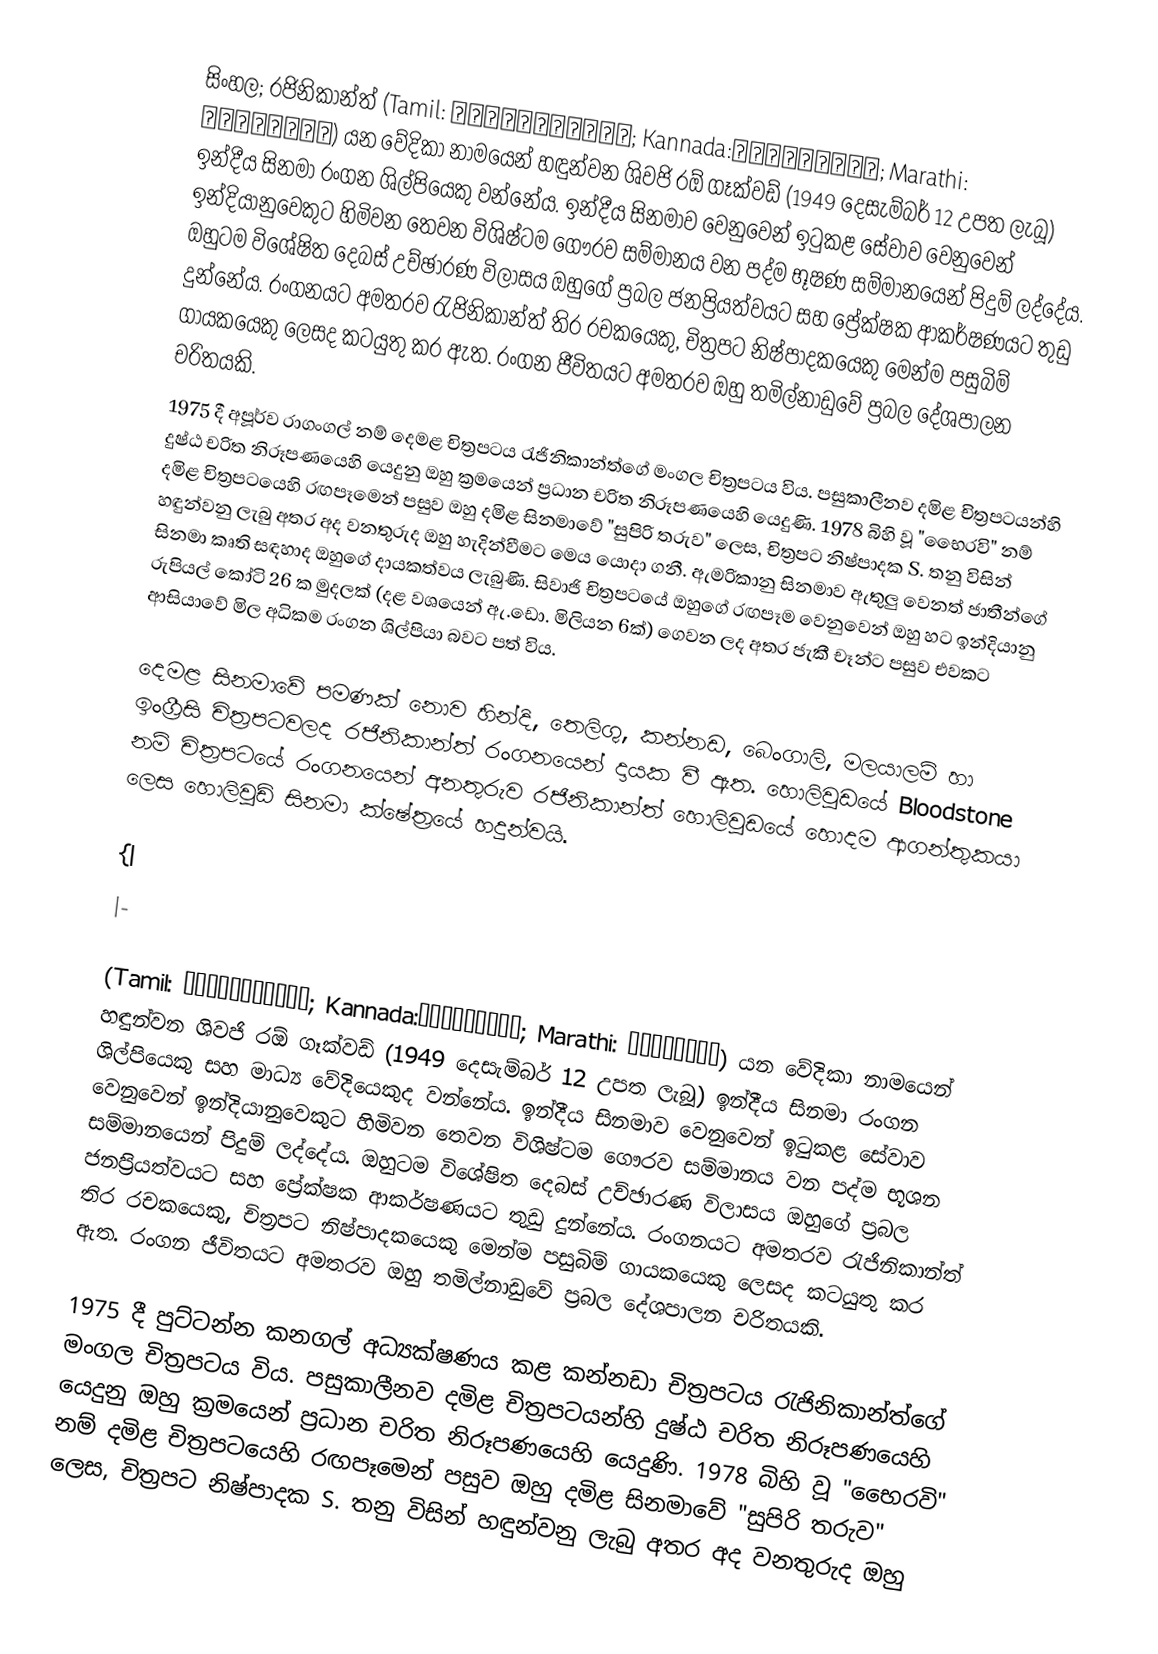
සිංහල; රජිනිකාන්ත් (Tamil: ரஜினிகாந்த்; Kannada:ರಜನೀಕಾಂತ್; Marathi: रजनीकांत) යන වේදිකා නාමයෙන් හඳුන්වන ශිවජි රඕ ගෑක්වඩ් (1949 දෙසැම්බර් 12 උපත ලැබූ) ඉන්දීය සිනමා රංගන ශිල්පියෙකු වන්නේය. ඉන්දීය සිනමාව වෙනුවෙන් ඉටුකළ සේවාව වෙනුවෙන් ඉන්දියානුවෙකුට හිමිවන තෙවන විශිෂ්ටම ගෞරව සම්මානය වන පද්ම භූෂණ සම්මානයෙන් පිදුම් ලද්දේය. ඔහුටම විශේෂිත දෙබස් උච්ඡාරණ විලාසය ඔහුගේ ප්‍රබල ජනප්‍රියත්වයට සහ ප්‍රේක්ෂක ආකර්ෂණයට තුඩු දුන්නේය. රංගනයට අමතරව රැජිනිකාන්ත් තිර රචකයෙකු, චිත්‍රපට නිෂ්පාදකයෙකු මෙන්ම පසුබිම් ගායකයෙකු ලෙසද කටයුතු කර ඇත. රංගන ජීවිතයට අමතරව ඔහු තමිල්නාඩුවේ ප්‍රබල දේශපාලන චරිතයකි.
1975 දී අපූර්ව රාගංගල් නම් දෙමළ චිත්‍රපටය රැජිනිකාන්ත්ගේ මංගල චිත්‍රපටය විය. පසුකාලීනව දමිළ චිත්‍රපටයන්හි දුෂ්ඨ චරිත නිරූපණයෙහි යෙදුනු ඔහු ක්‍රමයෙන් ප්‍රධාන චරිත නිරූපණයෙහි යෙදුණි. 1978 බිහි වූ "භෛරවි" නම් දමිළ චිත්‍රපටයෙහි රඟපෑමෙන් පසුව ඔහු දමිළ සිනමාවේ "සුපිරි තරුව" ලෙස, චිත්‍රපට නිෂ්පාදක S. තනු විසින් හඳුන්වනු ලැබු අතර අද වනතුරුද ඔහු හැදින්වීමට මෙය යොදා ගනී. ඇමරිකානු සිනමාව ඇතුලු වෙනත් ජාතීන්ගේ සිනමා කෘති සඳහාද ඔහුගේ දායකත්වය ලැබුණි. සිවාජි චිත්‍රපටයේ ඔහුගේ රඟපෑම වෙනුවෙන් ඔහු හට ඉන්දියානු රුපියල් කෝටි 26 ක මුදලක් (දළ වශයෙන් ඇ.ඩො. මිලියන 6ක්) ගෙවන ලද අතර ජැකී චෑන්ට පසුව එවකට ආසියාවේ මිල අධිකම රංගන ශිල්පියා බවට පත් විය.

දෙමළ සිනමාවේ පමණක් නොව හින්දි, තෙලිගු, කන්නඩ, බෙංගාලි, මලයාලම් හා ඉංග්‍රීසි චිත්‍රපටවලද රජිනිකාන්ත් රංගනයෙන් දායක වී ඇත. හොලිවුඩයේ Bloodstone නම් චිත්‍රපටයේ රංගනයෙන් අනතුරුව රජිනිකාන්ත් හොලිවුඩයේ හොදම ආගන්තුකයා ලෙස හොලිවුඩ් සිනමා ක්ෂේත්‍රයේ හදුන්වයි.

{|
|-

(Tamil: ரஜினிகாந்த்; Kannada:ರಜನೀಕಾಂತ್; Marathi: रजनीकांत) යන වේදිකා නාමයෙන් හඳුන්වන ශිවජි රඕ ගෑක්වඩ් (1949 දෙසැම්බර් 12 උපත ලැබූ) ඉන්දීය සිනමා රංගන ශිල්පියෙකු සහ මාධ්‍ය වේදියෙකුද වන්නේය. ඉන්දීය සිනමාව වෙනුවෙන් ඉටුකළ සේවාව වෙනුවෙන් ඉන්දියානුවෙකුට හිමිවන තෙවන විශිෂ්ටම ගෞරව සම්මානය වන පද්ම භූශන සම්මානයෙන් පිදුම් ලද්දේය. ඔහුටම විශේෂිත දෙබස් උච්ඡාරණ විලාසය ඔහුගේ ප්‍රබල ජනප්‍රියත්වයට සහ ප්‍රේක්ෂක ආකර්ෂණයට තුඩු දුන්නේය. රංගනයට අමතරව රැජිනිකාන්ත් තිර රචකයෙකු, චිත්‍රපට නිෂ්පාදකයෙකු මෙන්ම පසුබිම් ගායකයෙකු ලෙසද කටයුතු කර ඇත. රංගන ජීවිතයට අමතරව ඔහු තමිල්නාඩුවේ ප්‍රබල දේශපාලන චරිතයකි.

1975 දී පුට්ටන්න කනගල් අධ්‍යක්ෂණය කළ කන්නඩා චිත්‍රපටය රැජිනිකාන්ත්ගේ මංගල චිත්‍රපටය විය. පසුකාලීනව දමිළ චිත්‍රපටයන්හි දුෂ්ඨ චරිත නිරූපණයෙහි යෙදුනු ඔහු ක්‍රමයෙන් ප්‍රධාන චරිත නිරූපණයෙහි යෙදුණි. 1978 බිහි වූ "භෛරවි" නම් දමිළ චිත්‍රපටයෙහි රඟපෑමෙන් පසුව ඔහු දමිළ සිනමාවේ "සුපිරි තරුව" ලෙස, චිත්‍රපට නිෂ්පාදක S. තනු විසින් හඳුන්වනු ලැබු අතර අද වනතුරුද ඔහු